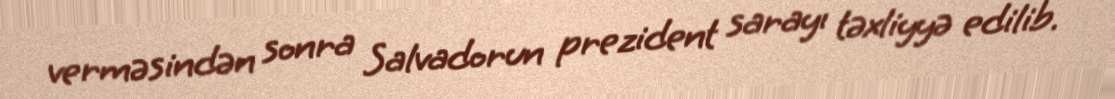
verməsindən sonra Salvadorun prezident sarayı təxliyyə edilib.